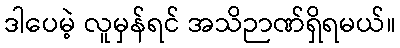
ဒါပေမဲ့ လူမှန်ရင် အသိဉာဏ်ရှိရမယ်။